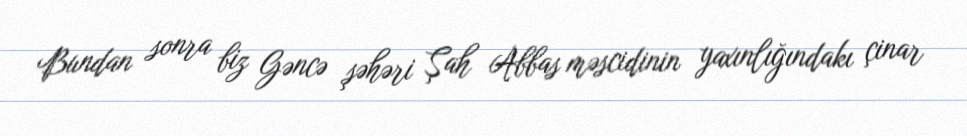
Bundan sonra biz Gəncə şəhəri Şah Abbas məscidinin yaxınlığındakı çinar